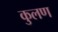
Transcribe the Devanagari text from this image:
कुलण